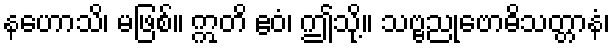
နဟောသိ၊ မဖြစ်။ ဣတိ ဧဝံ၊ ဤသို့။ သဗ္ဗညုဗောဓိသတ္တာနံ၊